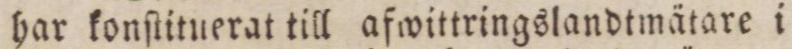
har konſtituerat till afwittringslandtmätare i